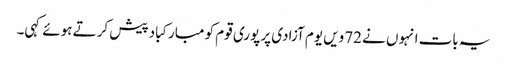
یہ بات انہوں نے 72ویں یوم آزادی پر پوری قوم کو مبارکباد پیش کرتے ہوئے کہی۔